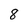
Character: 8